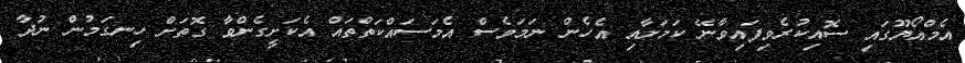
އެމްއޯޔޫގައި ސޮއިކުރެވިފައިވާނޭ ކަމަށާއި އެހެން ނަމަވެސް އެމަސައްކަތްތައް އެކަށީގެންވާ ގޮތަށް ހިނގަމުން ނުދާ